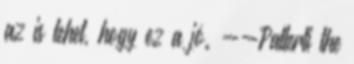
az is lehet, hogy ez a jó. --Pallerti the